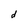
Character: d